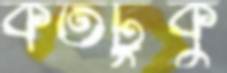
কতটুকু